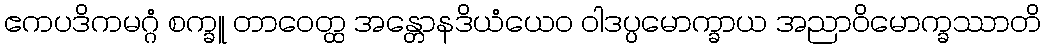
ဧကပဒိကမဂ္ဂံ စက္ခူ တာဝေတ္ထ အန္တောနဒိယံယေဝ ဝါဒပ္ပမောက္ခာယ အညာဝိမောက္ခဿာတိ